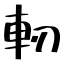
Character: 軔